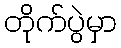
တိုက်ပွဲမှာ